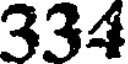
334